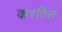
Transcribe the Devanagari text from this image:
करतिल